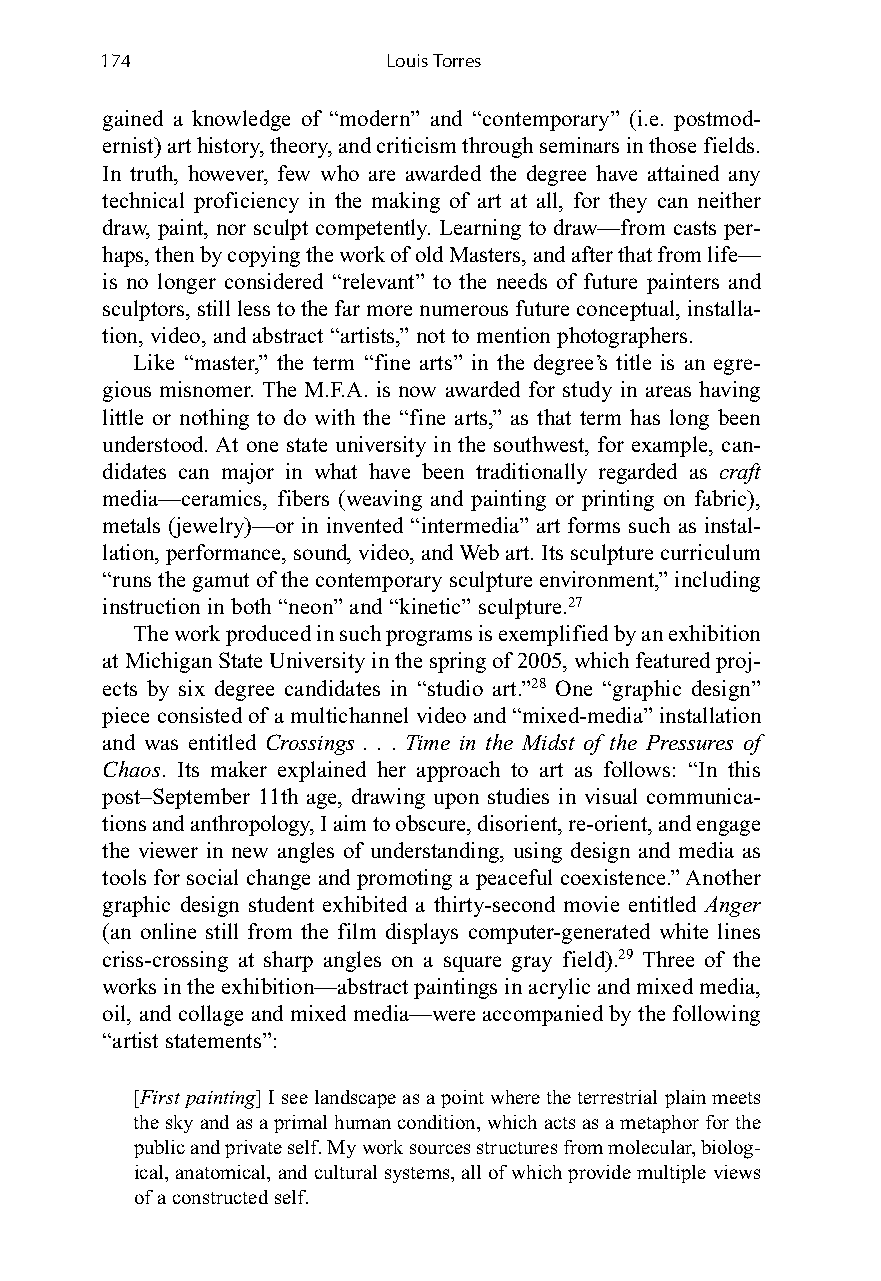
174                Louis Torres
 gained a knowledge of “modern” and “contemporary” (i.e. postmod-
 ernist)art history, theory, and criticism through seminars in those fields.
 In truth, however, few who are awarded the degree have attained any
 technical proficiency in the making of art at all, for they can neither
 draw, paint, nor sculpt competently. Learning to draw—from casts per-
 haps, then by copying the work of old Masters, and after that from life—
 is no longer considered “relevant” to the needs of future painters and
 sculptors, still less to the far more numerous future conceptual, installa-
 tion, video, and abstract “artists,” not to mention photographers.
 Like “master,” the term “fine arts” in the degree’s title is an egre-
 gious misnomer. The M.F.A. is now awarded for study in areas having
 little or nothing to do with the “fine arts,” as that term has long been
 understood. At one state university in the southwest, for example, can-
 didates can major in what have been traditionally regarded as craft
 media—ceramics, fibers (weaving and painting or printing on fabric),
 metals (jewelry)—or in invented “intermedia” art forms such as instal-
 lation, performance, sound, video, and Web art. Its sculpture curriculum
 “runs the gamut of the contemporary sculpture environment,” including
 instruction in both “neon” and “kinetic” sculpture.27
 The work produced in such programsis exemplified by an exhibition
 at Michigan State University in the spring of 2005, which featured proj-
 ects by six degree candidates in “studio art.”28 One “graphic design”
 piece consisted of a multichannel video and “mixed-media” installation
 and was entitled Crossings . . . Time in the Midst of the Pressures of
 Chaos. Its maker explained her approach to art as follows: “In this
 post–September 11th age, drawing upon studies in visual communica-
 tions and anthropology, I aim to obscure, disorient, re-orient, and engage
 the viewer in new angles of understanding, using design and media as
 tools for social change and promoting a peaceful coexistence.” Another
 graphic design student exhibited a thirty-second movie entitled Anger
 (an online still from the film displays computer-generated white lines
 criss-crossing at sharp angles on a square gray field).29 Three of the
 works in the exhibition—abstract paintings in acrylic and mixed media,
 oil, and collage and mixed media—were accompanied by the following
 “artist statements”:
 [First painting] I see landscape as a point where the terrestrial plain meets
 the sky and as a primal human condition, which acts as a metaphor for the
 public and private self. My work sources structures from molecular, biolog-
 ical, anatomical, and cultural systems, all of which provide multiple views
 of a constructed self.